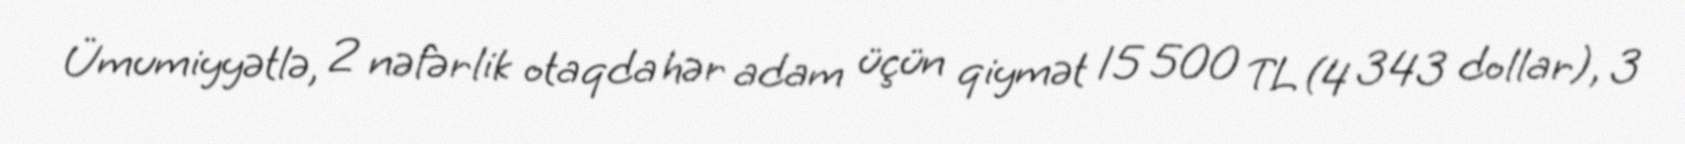
Ümumiyyətlə, 2 nəfərlik otaqda hər adam üçün qiymət 15 500 TL (4 343 dollar), 3